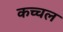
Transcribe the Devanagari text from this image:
कच्चल